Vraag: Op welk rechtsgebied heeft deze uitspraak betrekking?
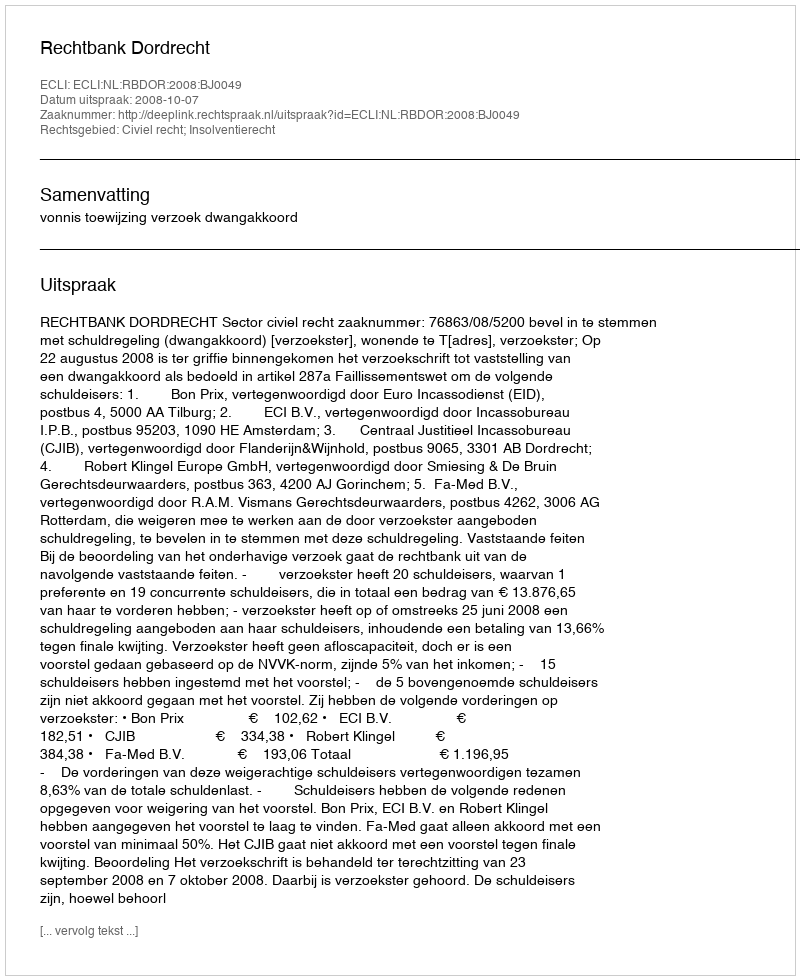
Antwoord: Civiel recht; Insolventierecht